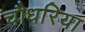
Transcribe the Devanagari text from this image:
चौधरिया